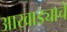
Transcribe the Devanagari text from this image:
आखाड्याचे